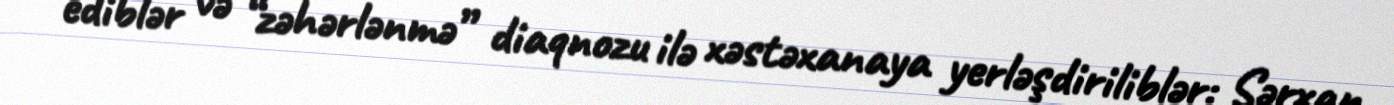
ediblər və “zəhərlənmə” diaqnozu ilə xəstəxanaya yerləşdiriliblər: Sərxan